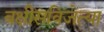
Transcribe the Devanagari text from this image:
बक्षीसविजेत्या